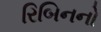
રિબિનનો